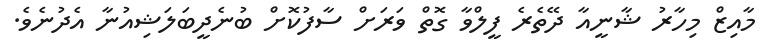
މާއިޒް މިހާރު ޝާނީއާ ދޭތެރެ ފީލްވާ ގޮތް ވަރަށް ސާފުކޮށް ބުނެދީބަލަޝިއުނާ އެދުނެވެ.